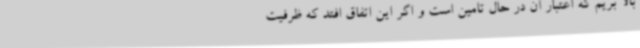
بالا بریم که اعتبار آن در حال تامین است و اگر این اتفاق افتد که ظرفیت